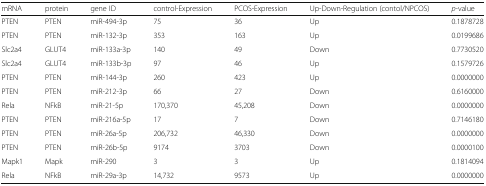
| mRNA | protein | gene ID | control-Expression | PCOS-Expression | Up-Down-Regulation (contol/NPCOS) | p-value |
 | --- | --- | --- | --- | --- | --- | --- |
 | PTEN | PTEN | miR-494-3p | 75 | 36 | Up | 0.1878728 |
 | PTEN | PTEN | miR-132-3p | 353 | 163 | Up | 0.0199686 |
 | Slc2a4 | GLUT4 | miR-133a-3p | 140 | 49 | Down | 0.7730520 |
 | Slc2a4 | GLUT4 | miR-133b-3p | 97 | 46 | Up | 0.1579726 |
 | PTEN | PTEN | miR-144-3p | 260 | 423 | Up | 0.0000000 |
 | PTEN | PTEN | miR-212-3p | 66 | 27 | Down | 0.6160000 |
 | Rela | NFkB | miR-21-5p | 170,370 | 45,208 | Down | 0.0000000 |
 | PTEN | PTEN | miR-216a-5p | 17 | 7 | Down | 0.7146180 |
 | PTEN | PTEN | miR-26a-5p | 206,732 | 46,330 | Down | 0.0000000 |
 | PTEN | PTEN | miR-26b-5p | 9174 | 3703 | Down | 0.0000100 |
 | Mapk1 | Mapk | miR-290 | 3 | 3 | Up | 0.1814094 |
 | Rela | NFkB | miR-29a-3p | 14,732 | 9573 | Up | 0.0000000 |